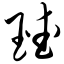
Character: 瑷